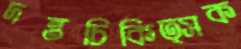
দন্তচিকিত্সক